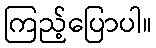
ကြည့်ပြောပါ။